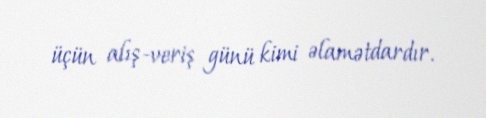
üçün alış-veriş günü kimi əlamətdardır.